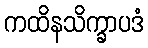
ကထိနသိက္ခာပဒံ